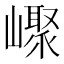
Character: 𡽨